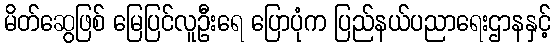
မိတ်ဆွေဖြစ် မြေပြင်လူဦးရေ ပြောပုံက ပြည်နယ်ပညာရေးဌာနနှင့်